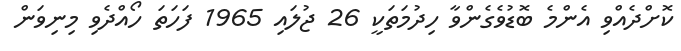
ކޮށްދެއްވި އެންމެ ބޮޑުވެގެންވާ ހިދުމަތަކީ 26 ޖުލައި 1965 ފަހަތަ ހޯއްދެވި މިނިވަން